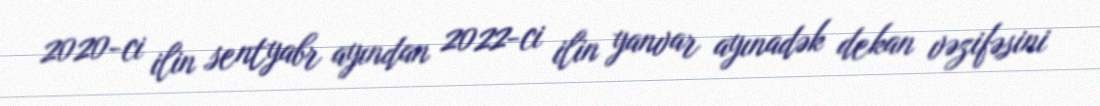
2020-ci ilin sentyabr ayından 2022-ci ilin yanvar ayınadək dekan vəzifəsini